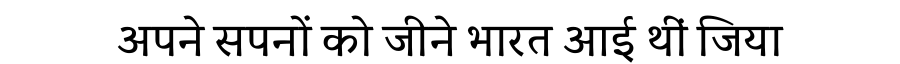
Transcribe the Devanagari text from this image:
अपने सपनों को जीने भारत आई थीं जिया